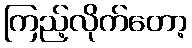
ကြည့်လိုက်တော့